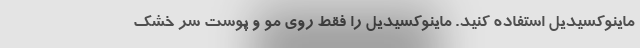
ماینوکسیدیل استفاده کنید. ماینوکسیدیل را فقط روی مو و پوست سر خشک